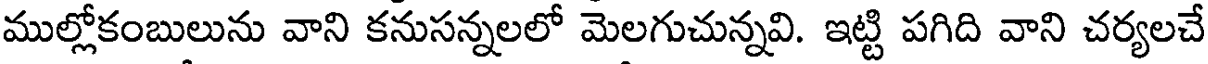
ముల్లోకంబులును వాని కనుసన్నలలో మెలగుచున్నవి. ఇట్టి పగిది వాని చర్యలచే